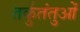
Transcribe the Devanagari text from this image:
तर्कुतंतुओं